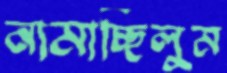
নামাচ্ছিলুম